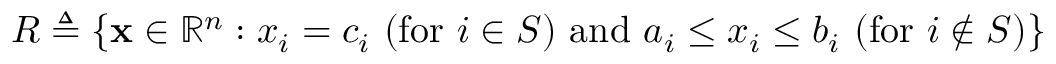
R \triangleq \left\{ \mathbf { x } \in \mathbb { R } ^ { n } : x _ { i } = c _ { i } \ ( { \mathrm { f o r ~ } } i \in S ) { \mathrm { ~ a n d ~ } } a _ { i } \leq x _ { i } \leq b _ { i } \ ( { \mathrm { f o r ~ } } i \notin S ) \right\}